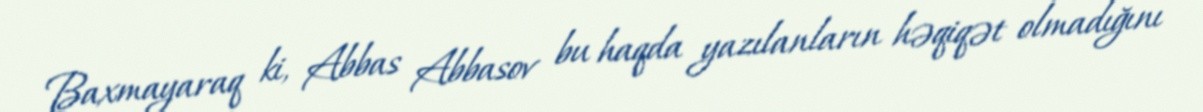
Baxmayaraq ki, Abbas Abbasov bu haqda yazılanların həqiqət olmadığını